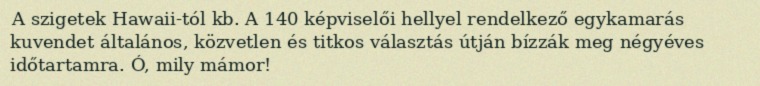
A szigetek Hawaii-tól kb. A 140 képviselői hellyel rendelkező egykamarás kuvendet általános, közvetlen és titkos választás útján bízzák meg négyéves időtartamra. Ó, mily mámor!